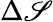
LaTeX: \Delta\mathscr{S}